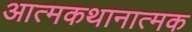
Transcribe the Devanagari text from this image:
आत्मकथानात्मक